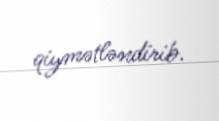
qiymətləndirib.